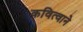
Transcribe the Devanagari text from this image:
कवित्वाने